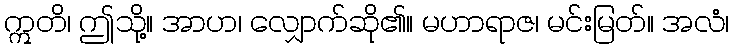
ဣတိ၊ ဤသို့။ အာဟ၊ လျှောက်ဆို၏။ မဟာရာဇ၊ မင်းမြတ်။ အလံ၊